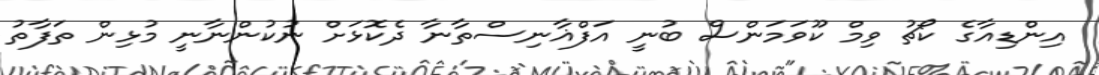
އިންޑިއާގެ ކޯޗު ވިމް ކޫވަމަންސް ބުނީ އަފްޣާނިސްތާނާ ދެކޮޅަށް ނުކުންނާނީ މުޅިން ތަފާތު